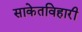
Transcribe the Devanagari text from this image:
साकेतविहारी